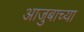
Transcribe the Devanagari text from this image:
आजुबाच्या